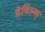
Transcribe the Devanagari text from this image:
डेविल्स्